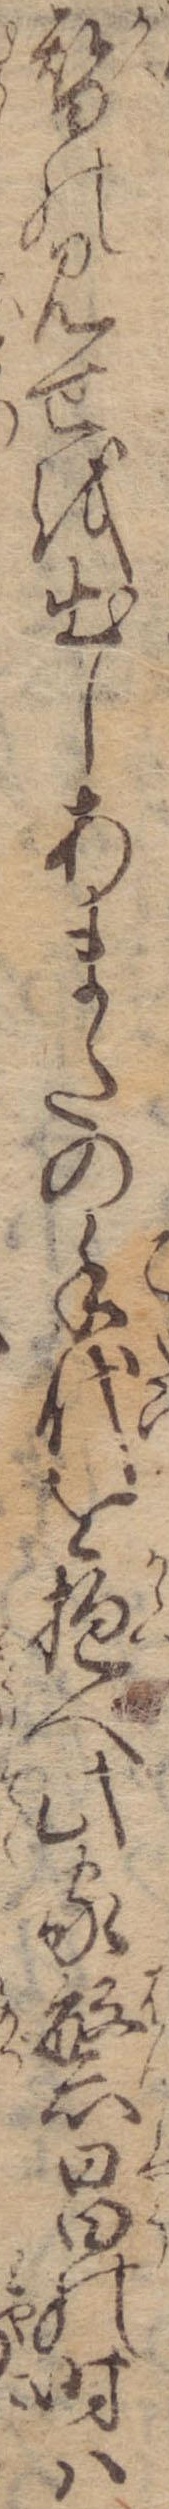
替の見せを出しあまたの手代を抱へ此家繁昌の時は